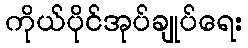
ကိုယ်ပိုင်အုပ်ချုပ်ရေး